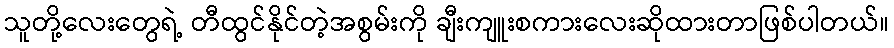
သူတို့လေးတွေရဲ့ တီထွင်နိုင်တဲ့အစွမ်းကို ချီးကျူးစကားလေးဆိုထားတာဖြစ်ပါတယ်။